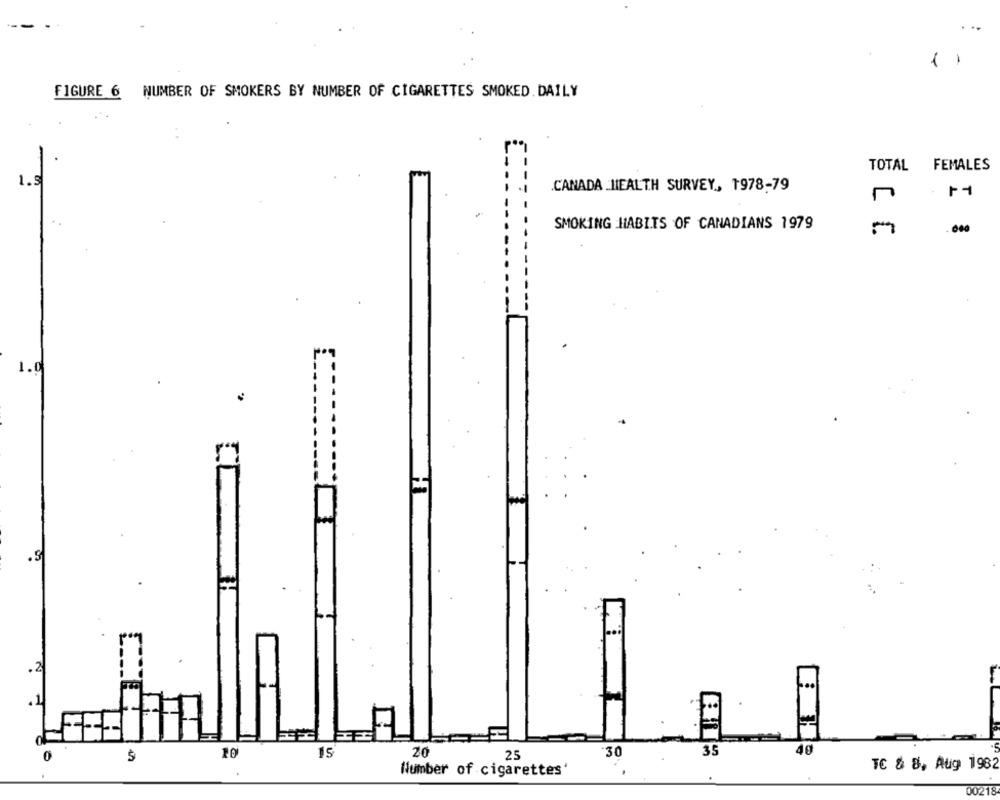
FIGURE 6 NUMBER OF SMOKERS BY NUMBER OF CIGARETTES SMOKED. DAILY
TOTAL FEMALES
1.5
CANADA _HEALTH SURVEY, 1978-79
SMOKING HABITS OF CANADIANS 1979
....
1.0
.S
.2
-
20
-30
35
40
10
15
25
TC & 8. Aug 1982
Number of cigarettes'
00218